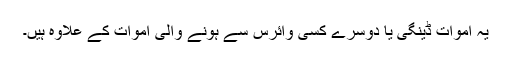
یہ اموات ڈینگی یا دوسرے کسی وائرس سے ہونے والی اموات کے علاوہ ہیں۔